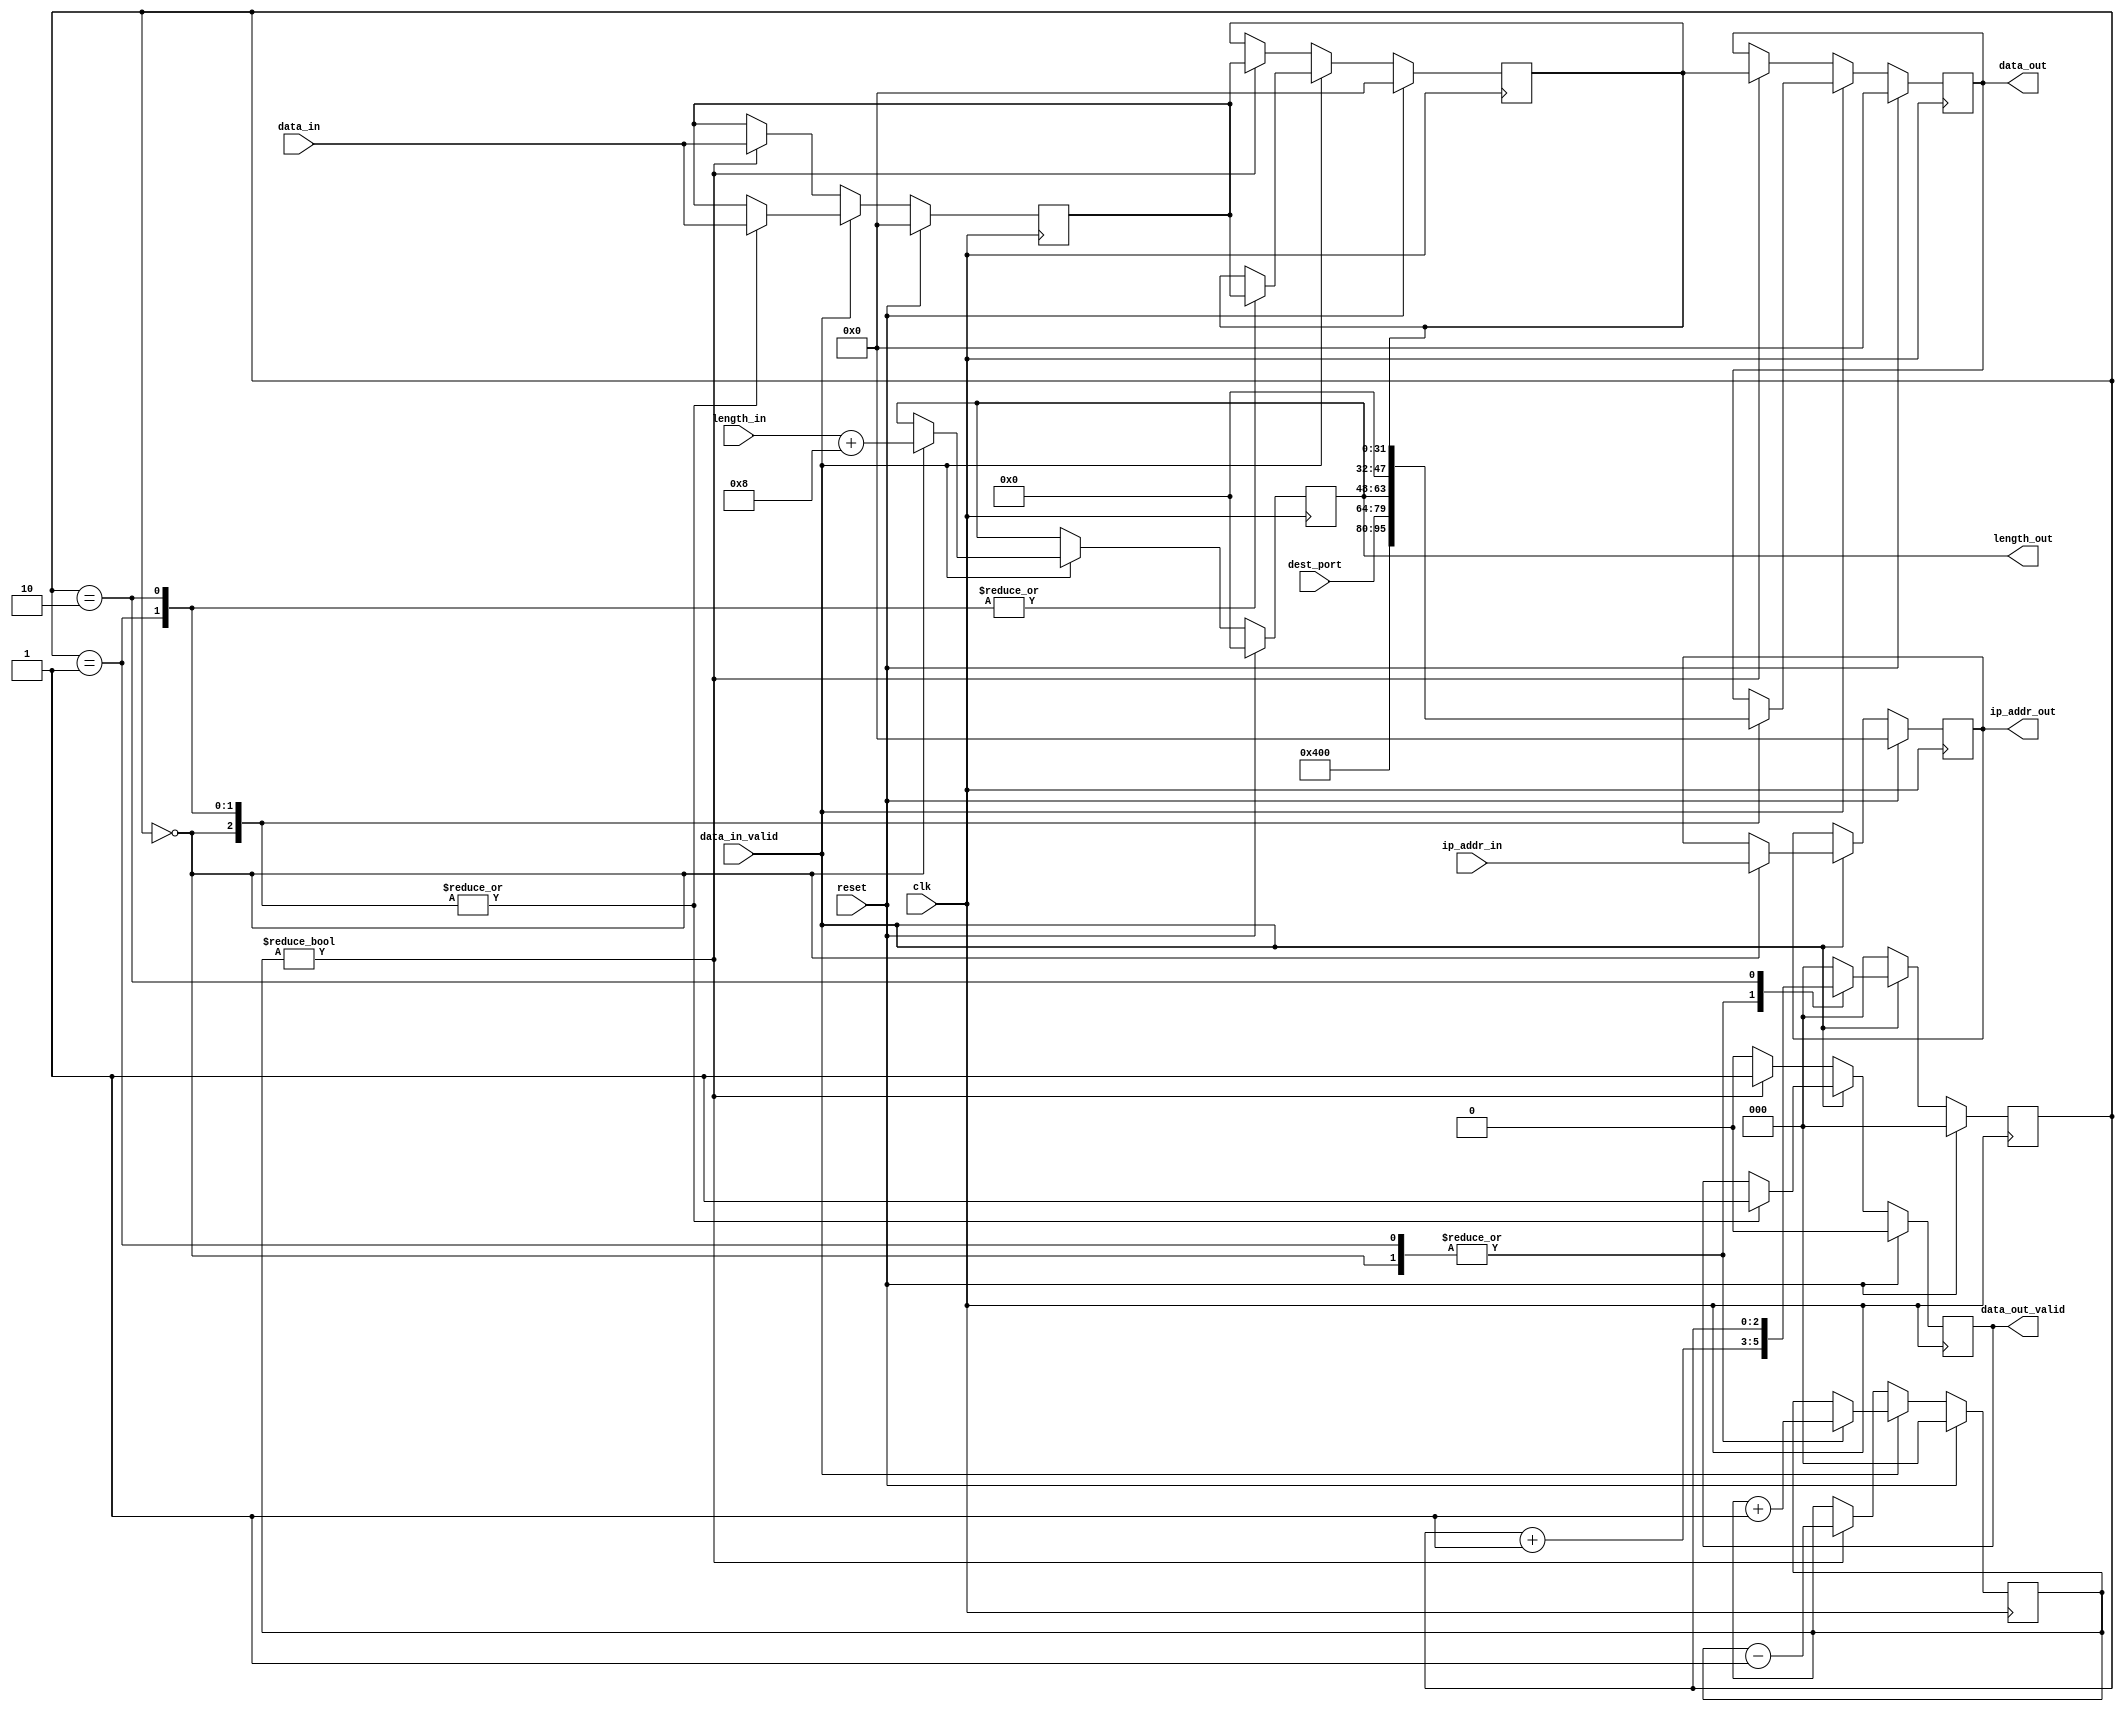
/**************

udp_send.v

Takes in data from the application along with a valid bit, an IP address and destination port number, and encapsulates it with the UDP header.  Outputs the data, a valid bit, the destination IP address, and the data length.

* Note : No Checksum Used 



**************/

`define SOURCE_PORT 16'h0400
`define CHECKSUM 16'h0

module udp_send(
	input             clk,
	input             reset,

	//Data From Application Layer
	input             data_in_valid,
	input [31:0]      data_in,
	input [31:0]	  ip_addr_in,
	input [15:0]	  dest_port,
	input [15:0]	  length_in,

	//Data sent to IP_send
	output reg [31:0] ip_addr_out,
	output reg        data_out_valid,
	output reg [31:0] data_out,
	output reg [15:0] length_out
);

reg [2:0] cnt, bufcnt;
reg [31:0] data_buffer1, data_buffer2;

always @(posedge clk) begin
// If reset bit is set to 1 -> reinitialize all counters, addresses etc.
	if (reset) begin
		cnt <= 2'h0;
		bufcnt <= 2'h0;
		ip_addr_out <= 32'b0;
		data_out_valid <= 1'b0;
		data_out <= 32'b0;
		length_out <= 16'b0;
		data_buffer1 <= 32'b0;
		data_buffer2 <= 32'b0;
	end
	
	// If valid bit is high from Application Layer then receive the data and send to IP_send
	else if (data_in_valid) begin
		case (cnt) 
			0: begin
				data_out <= {`SOURCE_PORT, dest_port}; // SOURCE PORT is the port number of application which requested access (kept constant for simplicity)
				data_out_valid <= 1'b1; // Output Data valid
				ip_addr_out <= ip_addr_in; // Destination IP address
				length_out <= length_in + 16'h8;  // UDP header is of size 8 bytes hence we add 16'h8
				data_buffer1 <= data_in;
				cnt <= cnt + 2'b1;
				bufcnt <= bufcnt + 2'h1;
			end
			1: begin
				data_out <= {length_out, `CHECKSUM};
				data_out_valid <= 1'b1;
				data_buffer2 <= data_buffer1;
				data_buffer1 <= data_in;
				cnt <= cnt + 2'b1;
				bufcnt <= bufcnt + 2'h1;
			end
			2: begin
				data_out_valid <= 1'b1;
				data_out <= data_buffer2;
				data_buffer2 <= data_buffer1;
				data_buffer1 <= data_in;
			end
			default: cnt <= 2'h0;
		endcase
	end
	else if (~data_in_valid) begin
		if (bufcnt != 2'h0) begin
			data_out_valid <= 1'b1;
			data_out <= data_buffer2;
			data_buffer2 <= data_buffer1;
			data_buffer1 <= data_in;
			bufcnt <= bufcnt - 2'h1;
			cnt <= 2'h0;
		end
		else begin
			data_out_valid <= 1'b0;
			cnt <= 2'h0;
		end
	end	
end

endmodule